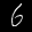
Label: 6